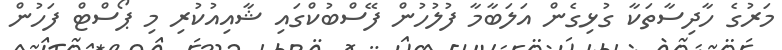
މަރުގެ ހާދިސާތަކާ ގުޅިގެން އަލަބާމާ ފުލުހުން ފޭސްބުކްގައި ޝާއިއުކުރި މި ޕޯސްޓް ފަހުން